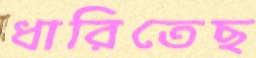
ধারিতেছ